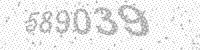
Solution: 589039